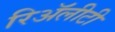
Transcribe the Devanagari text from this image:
रिॲलीटी